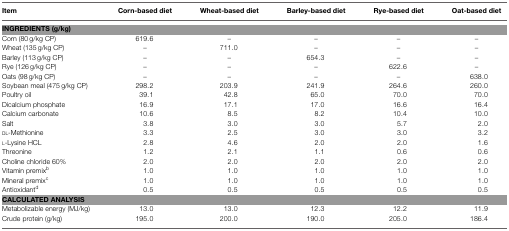
<table><thead><tr><td><b>Item</b></td><td><b>Corn-based diet</b></td><td><b>Wheat-based diet</b></td><td><b>Barley-based diet</b></td><td><b>Rye-based diet</b></td><td><b>Oat-based diet</b></td></tr></thead><tbody><tr><td colspan="6"><b>INGREDIENTS (g/kg)</b></td></tr><tr><td>Corn (80 g/kg CP)</td><td>619.6</td><td>–</td><td>–</td><td>–</td><td>–</td></tr><tr><td>Wheat (135 g/kg CP)</td><td>–</td><td>711.0</td><td>–</td><td>–</td><td>–</td></tr><tr><td>Barley (113 g/kg CP)</td><td>–</td><td>–</td><td>654.3</td><td>–</td><td>–</td></tr><tr><td>Rye (126 g/kg CP)</td><td>–</td><td>–</td><td>–</td><td>622.6</td><td>–</td></tr><tr><td>Oats (98 g/kg CP)</td><td>–</td><td>–</td><td>–</td><td>–</td><td>638.0</td></tr><tr><td>Soybean meal (475 g/kg CP)</td><td>298.2</td><td>203.9</td><td>241.9</td><td>264.6</td><td>260.0</td></tr><tr><td>Poultry oil</td><td>39.1</td><td>42.8</td><td>65.0</td><td>70.0</td><td>70.0</td></tr><tr><td>Dicalcium phosphate</td><td>16.9</td><td>17.1</td><td>17.0</td><td>16.6</td><td>16.4</td></tr><tr><td>Calcium carbonate</td><td>10.6</td><td>8.5</td><td>8.2</td><td>10.4</td><td>10.0</td></tr><tr><td>Salt</td><td>3.8</td><td>3.0</td><td>3.0</td><td>5.7</td><td>2.0</td></tr><tr><td>DL-Methionine</td><td>3.3</td><td>2.5</td><td>3.0</td><td>3.0</td><td>3.2</td></tr><tr><td>L-Lysine HCL</td><td>2.8</td><td>4.6</td><td>2.0</td><td>2.0</td><td>1.6</td></tr><tr><td>Threonine</td><td>1.2</td><td>2.1</td><td>1.1</td><td>0.6</td><td>0.6</td></tr><tr><td>Choline chloride 60%</td><td>2.0</td><td>2.0</td><td>2.0</td><td>2.0</td><td>2.0</td></tr><tr><td>Vitamin premix<sup>b</sup></td><td>1.0</td><td>1.0</td><td>1.0</td><td>1.0</td><td>1.0</td></tr><tr><td>Mineral premix<sup>c</sup></td><td>1.0</td><td>1.0</td><td>1.0</td><td>1.0</td><td>1.0</td></tr><tr><td>Antioxidant<sup>d</sup></td><td>0.5</td><td>0.5</td><td>0.5</td><td>0.5</td><td>0.5</td></tr><tr><td colspan="6"><b>CALCULATED ANALYSIS</b></td></tr><tr><td>Metabolizable energy (MJ/kg)</td><td>13.0</td><td>13.0</td><td>12.3</td><td>12.2</td><td>11.9</td></tr><tr><td>Crude protein (g/kg)</td><td>195.0</td><td>200.0</td><td>190.0</td><td>205.0</td><td>186.4</td></tr></tbody></table>